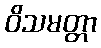
ဝိသမတ္တာ